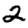
Digit: 2